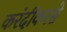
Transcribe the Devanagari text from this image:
करंदीकरसे